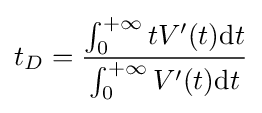
t_{D}={\frac {\int _{0}^{+\infty }tV^{\prime }(t)\mathrm {d} t}{\int _{0}^{+\infty }V^{\prime }(t)\mathrm {d} t}}